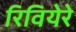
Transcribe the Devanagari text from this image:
रिवियेरे